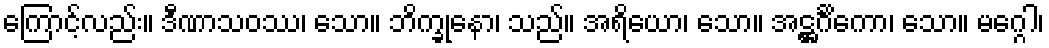
ကြောင့်လည်း။ ဒီဏာသဝဿ၊ သော။ ဘိက္ခုနော၊ သည်။ အရိယော၊ သော။ အဋ္ဌင်္ဂိကော၊ သော။ မဂ္ဂေါ၊